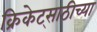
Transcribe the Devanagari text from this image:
क्रिकेट्साठीच्या